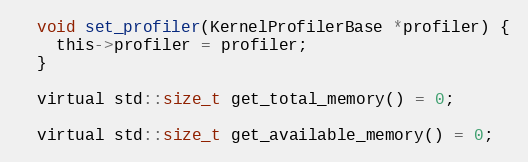
Language: C
  void set_profiler(KernelProfilerBase *profiler) {
    this->profiler = profiler;
  }

  virtual std::size_t get_total_memory() = 0;

  virtual std::size_t get_available_memory() = 0;